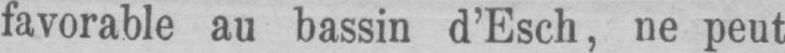
favorable au bassin d’Esch, ne peut